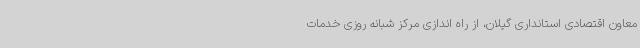
معاون اقتصادی استانداری گیلان، از راه اندازی مرکز شبانه روزی خدمات